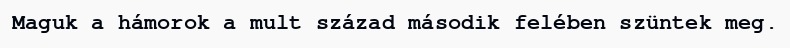
Maguk a hámorok a mult század második felében szüntek meg.